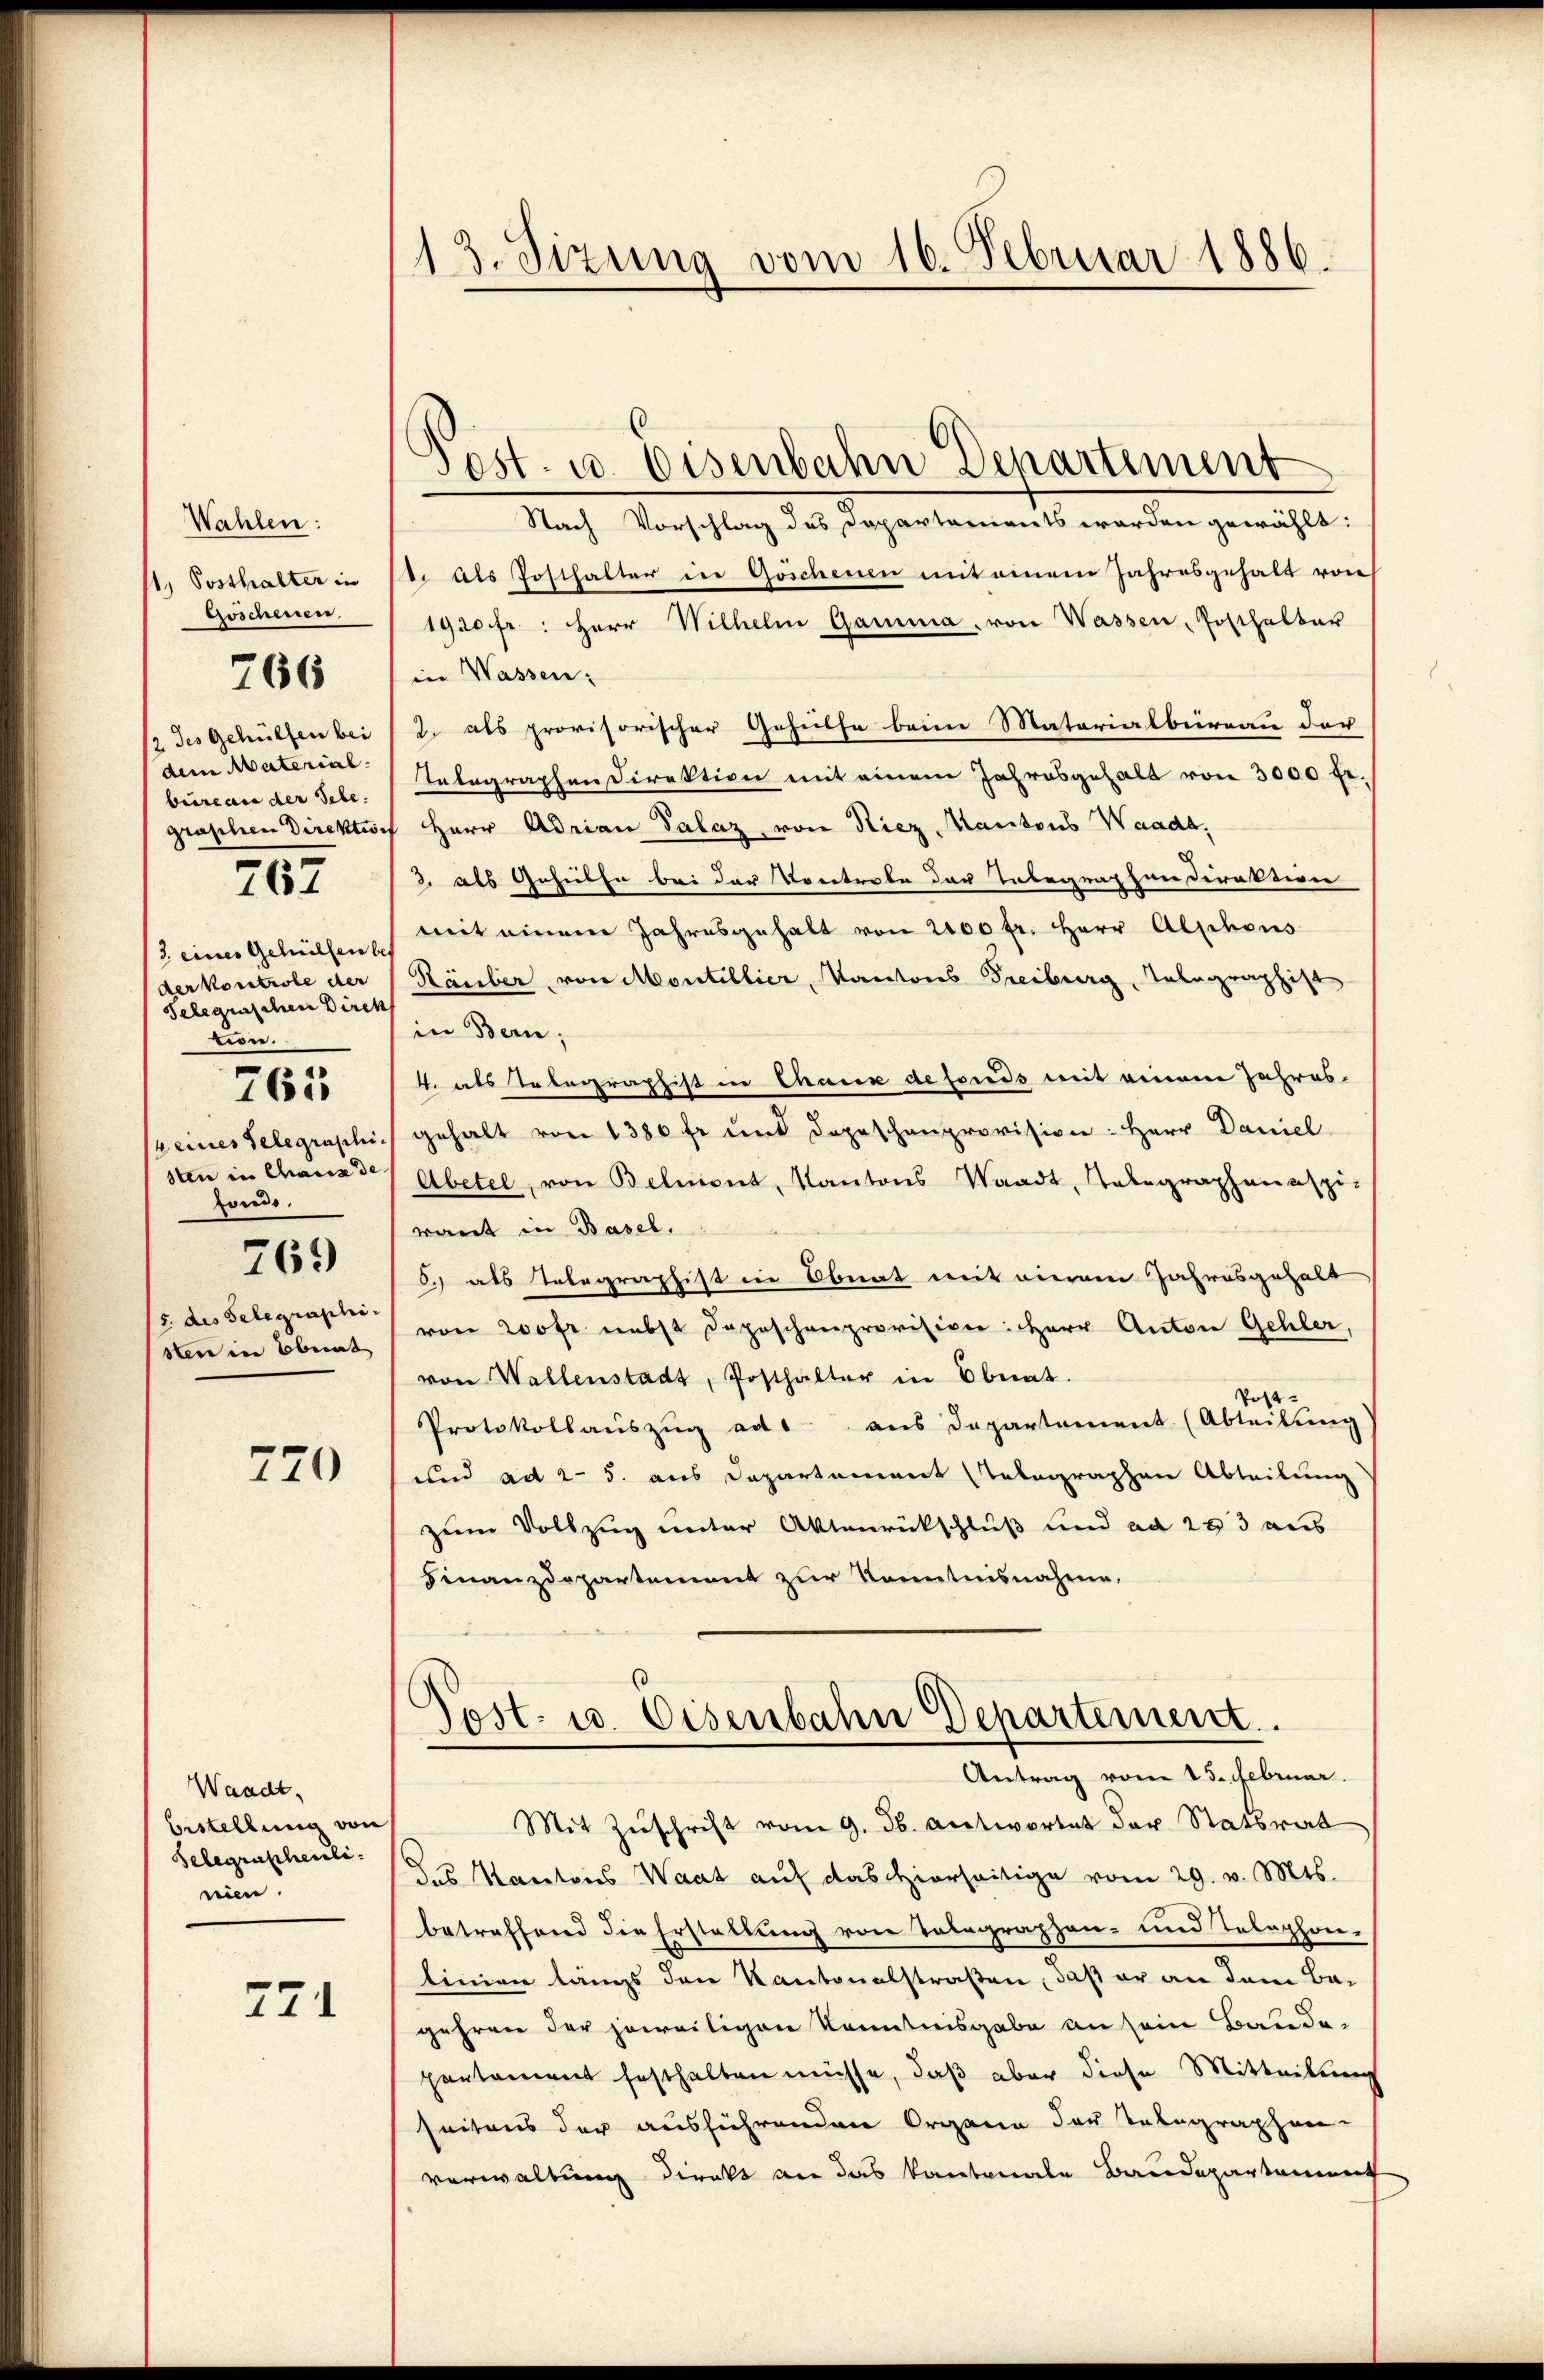
Wahlen:
1) Posthalter in
Goschenen.

766

/2 des Gehülfen bei
dem Material-
bureau der Sele.
graschen Direktio

767

/3. eines Gehülfen be
der Kontrole der
Telegraschen Direk
tion.
keines Telegraphisten in Chaus de
fonds.
769
5. des Telegraphi
sten in Ebnat

765

770

Waadt.
bestellung von
Selegrapheuli
nien.

271

13. Sizung vom 16. Februar 1886.

Post. u. Eisenbahn Departement
Nach Vorschlag des Departaments werden gewählt:
t. Als Posthalter in Göschenen mit einem Jahresgehalt von
1920 fr.: Herr Wilhelm Gamma, von Wassen, Posthalter
in Wassen:
2. als provisorischer Geheilte beim Materialbureau der
Telegraphen Direktion mit einem Jahresgehalt von 3000 fr.
Herr Adrian Palaz, von Riez, Kantons Waadt,
2 als Gehülfe bei der Vortrate der Tabegraphen Direktion
mit einem Jahresgehalt von 2000 fr. Herr Alphons
Räuber, von Montillier, Kantons Freiburg, Telegraphist
in Bern,
4. als Telegraphist in Chaux de fonds mit einem Jahresgehalt von 1380 fr und Depeschenprovision: Herr Daniel
Abetel, von Belnient, Kantons Waadt, Telegraphanaspi,
ront in Basel.
6.) als Telegraphist in Obnat mit einem Jahresgehalt
von 200 fr. nebst Depeschenprovision: Herr Anton Gehler,
von Wallenstadt, Posthalter in Ebnat
Post
Protokollaŭszŭg ad aus Departement (Abteilŭng
und ad 2. 5. aus Departement telegraphen Abteilung
zum Vollzug unter Aktenrückschluß und ad 283 aus
Finanzdepartement zur Kenntnisnahme,
Tost- u. Eisenbahn Departement.
Antrag vom 15. Februar.
Mit Zuschrift vom 9. ds. Antwortet der Statsrat
das Kantons Waat auf das hierseitige vom 29. v. Mts.
betreffend die Erstellung von Tolographen- und Telephon-
linien längs den Kantonalstraßen, daß er an dem Be-
gehren der jeweiligen Kenntnisgabe an sein Baude-
pantement festhalten müsse, daß aber diese Mitteilung
seitens der ausführenden Organe der Telegraphen-
verwaltung direkt die das kantonale Baudepartement